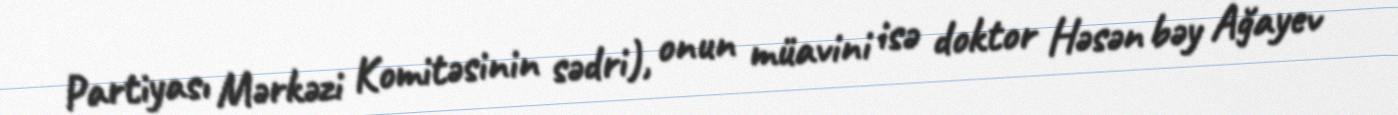
Partiyası Mərkəzi Komitəsinin sədri), onun müavini isə doktor Həsən bəy Ağayev